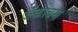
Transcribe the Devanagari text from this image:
जॅकोबस